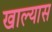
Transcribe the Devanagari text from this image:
खाल्यास